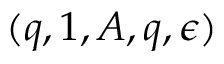
( q , 1 , A , q , \epsilon )